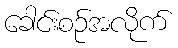
ခေါင်းစဉ်အလိုက်